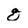
Character: q